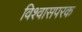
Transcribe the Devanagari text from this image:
विश्वासपरक